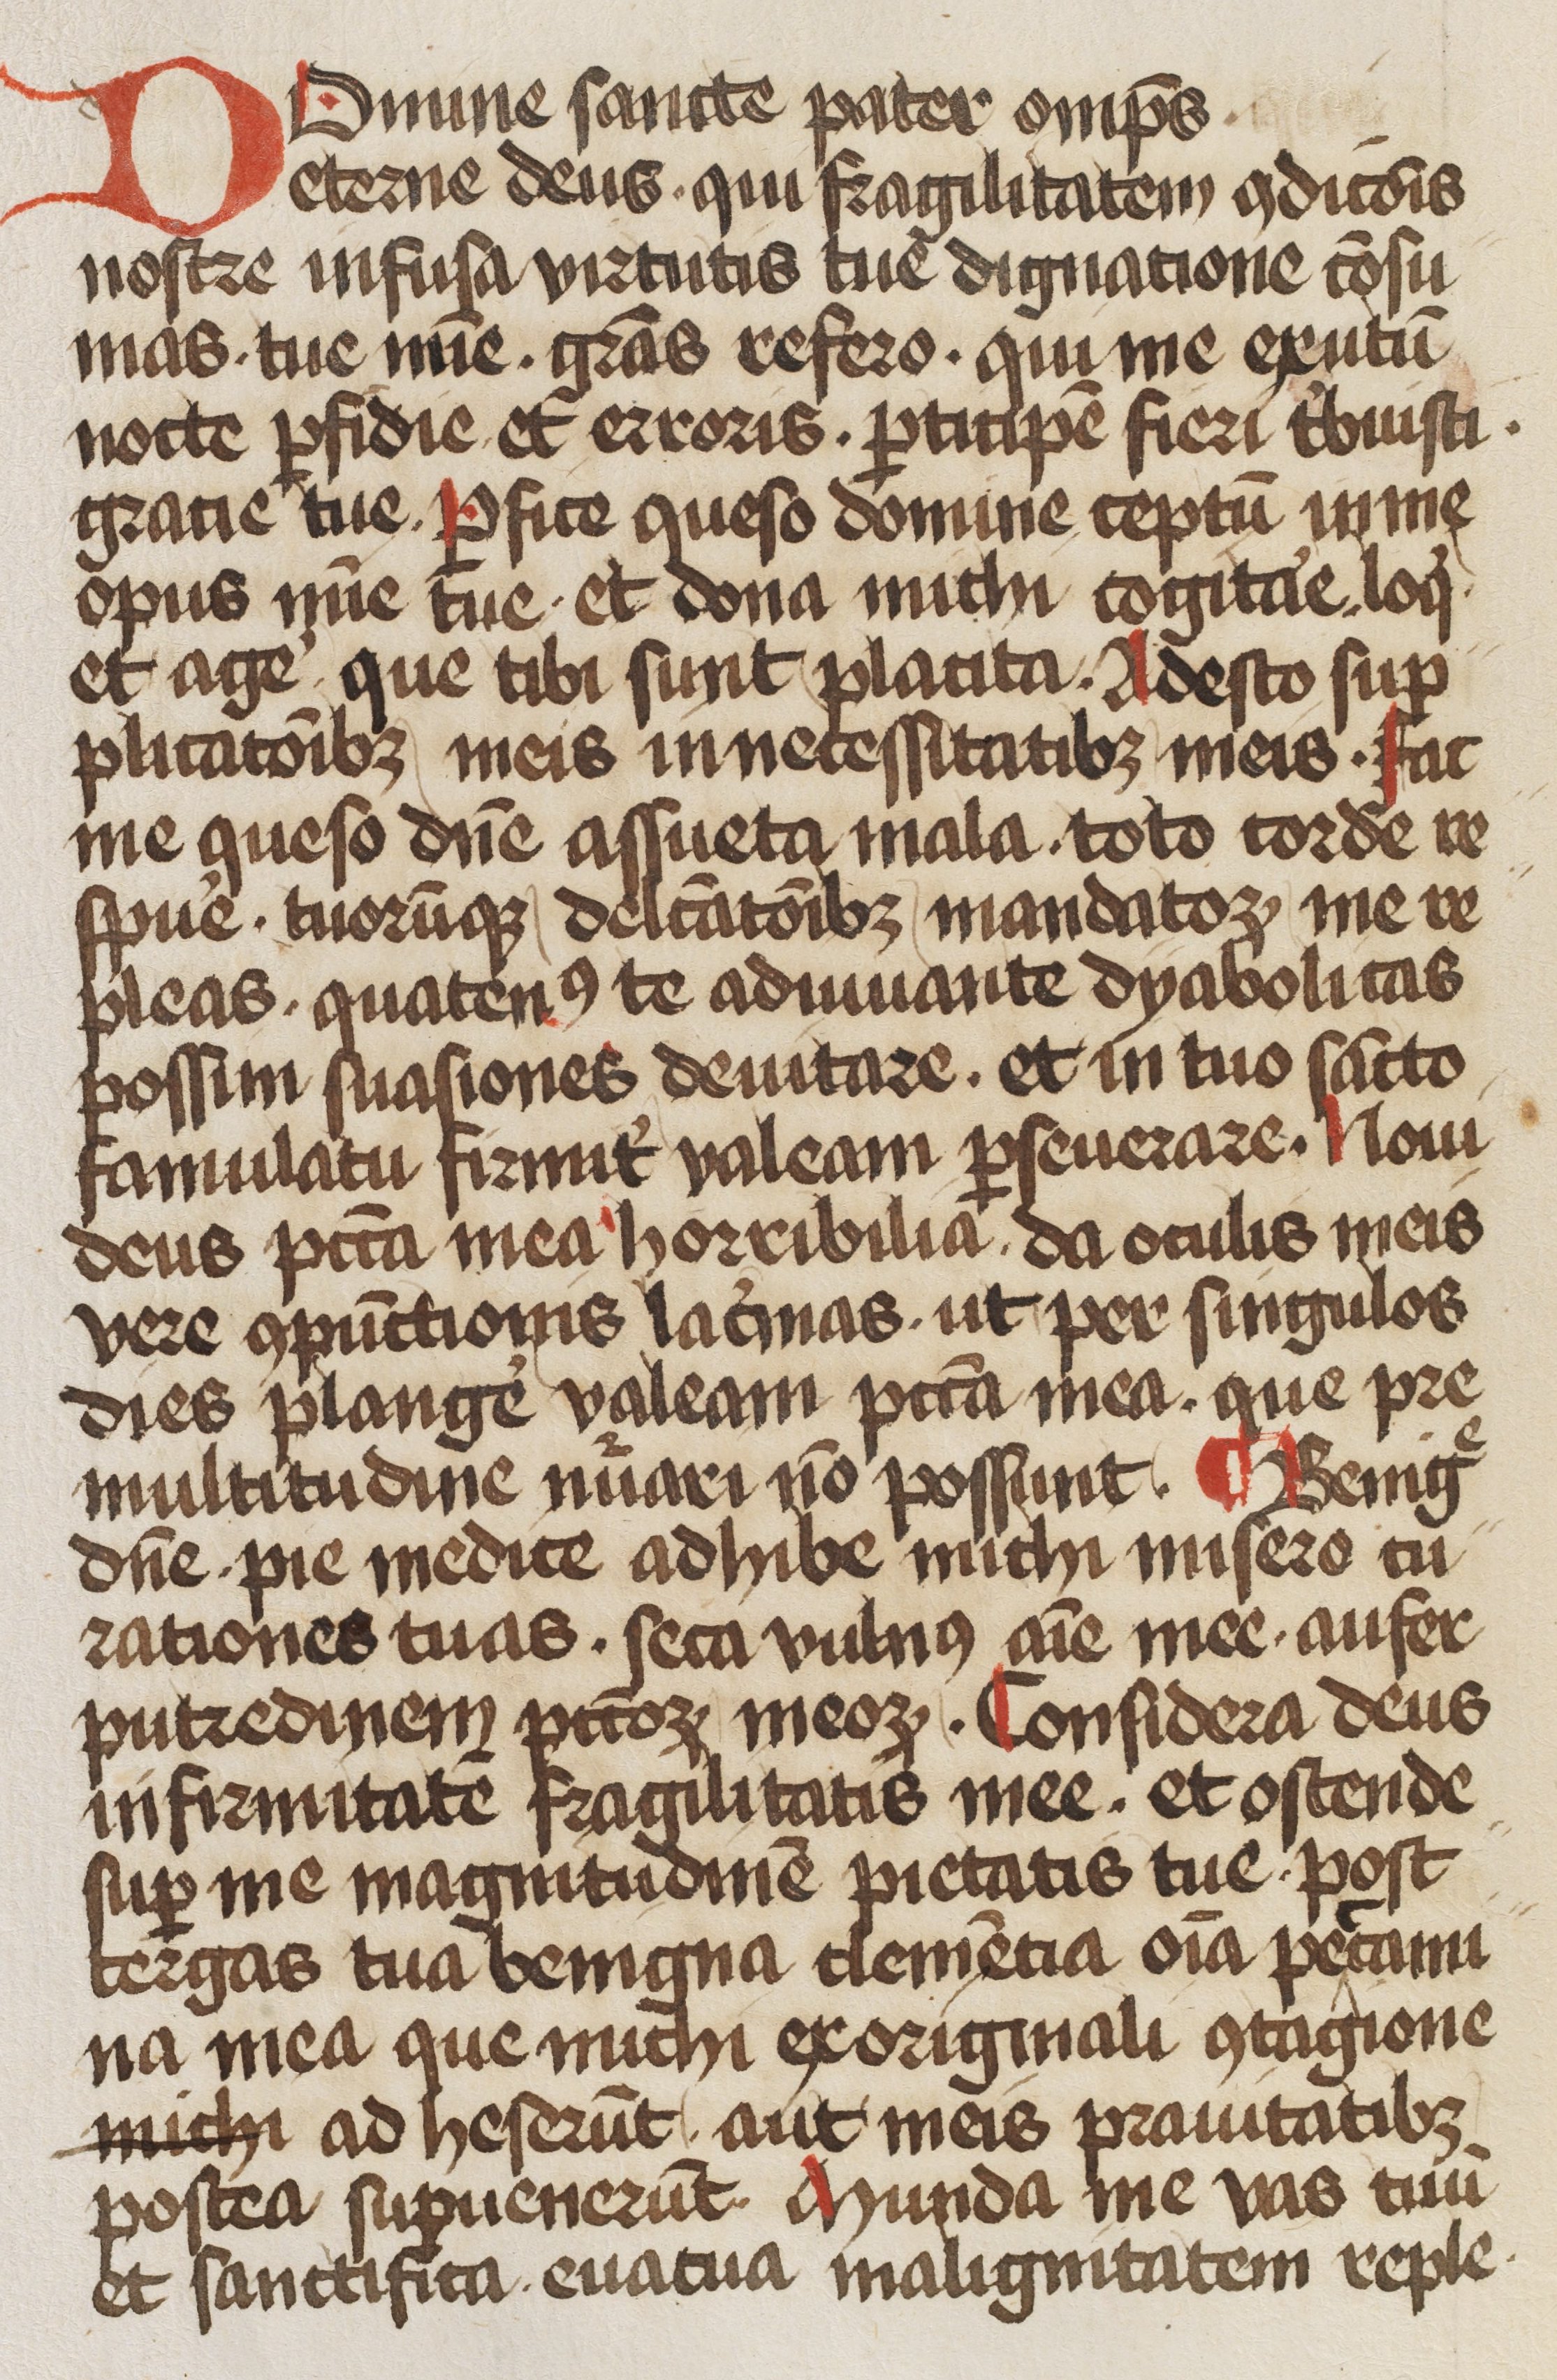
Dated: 1450–1499